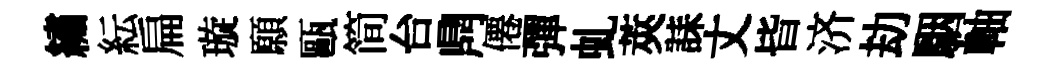
繡紜扁璇願甌简台𪔂僊彈虬莢誄丈𣅜济劫駰軸